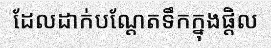
ដែលដាក់បណ្តែតទឹកក្នុងផ្តិល